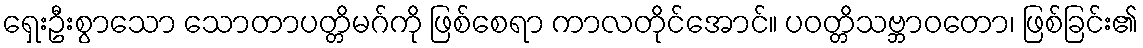
ရှေးဦးစွာသော သောတာပတ္တိမဂ်ကို ဖြစ်စေရာ ကာလတိုင်အောင်။ ပဝတ္တိသဗ္ဘာဝတော၊ ဖြစ်ခြင်း၏